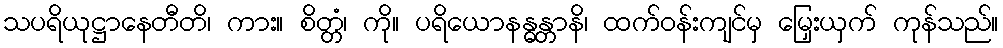
သပရိယုဋ္ဌာနေတီတိ၊ ကား။ စိတ္တံ၊ ကို။ ပရိယောနန္ဓန္တာနိ၊ ထက်ဝန်းကျင်မှ မြှေးယှက် ကုန်သည်။